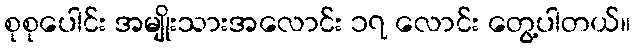
စုစုပေါင်း အမျိုးသားအလောင်း ၁၇ လောင်း တွေ့ပါတယ်။